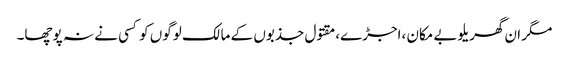
مگر ان گھریلوبے مکان ،اجڑے،مقتول جذبوں کے مالک لوگوں کو کسی نے نہ پوچھا۔